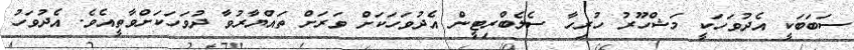
ސަބަބަކީ އެދުވަހަކީ މަޝްހޫރު ހުރިހާ ސެލެބްރިޓީން އެދުވަހަކަށް ވަރަށް ތައްޔާރުވާ ދުވަހަކަށްވާތީއެވެ. އެދުވަހު